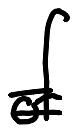
Text: of
Cross-out: double-line
Writing tool: digital_black